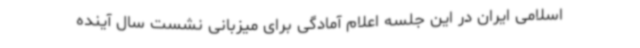
اسلامی ایران در این جلسه اعلام آمادگی برای میزبانی نشست سال آینده